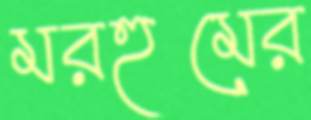
মরহুমের